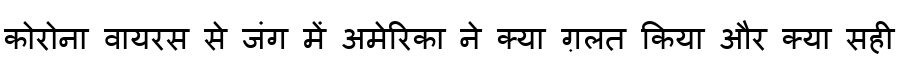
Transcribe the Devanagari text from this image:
कोरोना वायरस से जंग में अमेरिका ने क्या ग़लत किया और क्या सही